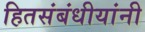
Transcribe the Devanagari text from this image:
हितसंबंधीयांनी